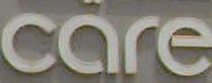
care